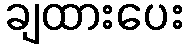
ချထားပေး